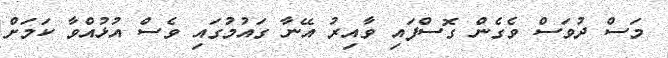
މަސް ދުވަސް ވެގެން ގޮސްފައި ވާއިރު އޭނާ ގައުމުގައި ވެސް އުޅުއްވާ ކަމަށް